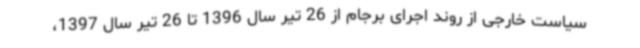
سیاست خارجی از روند اجرای برجام از 26 تیر سال 1396 تا 26 تیر سال 1397،